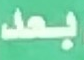
بعد